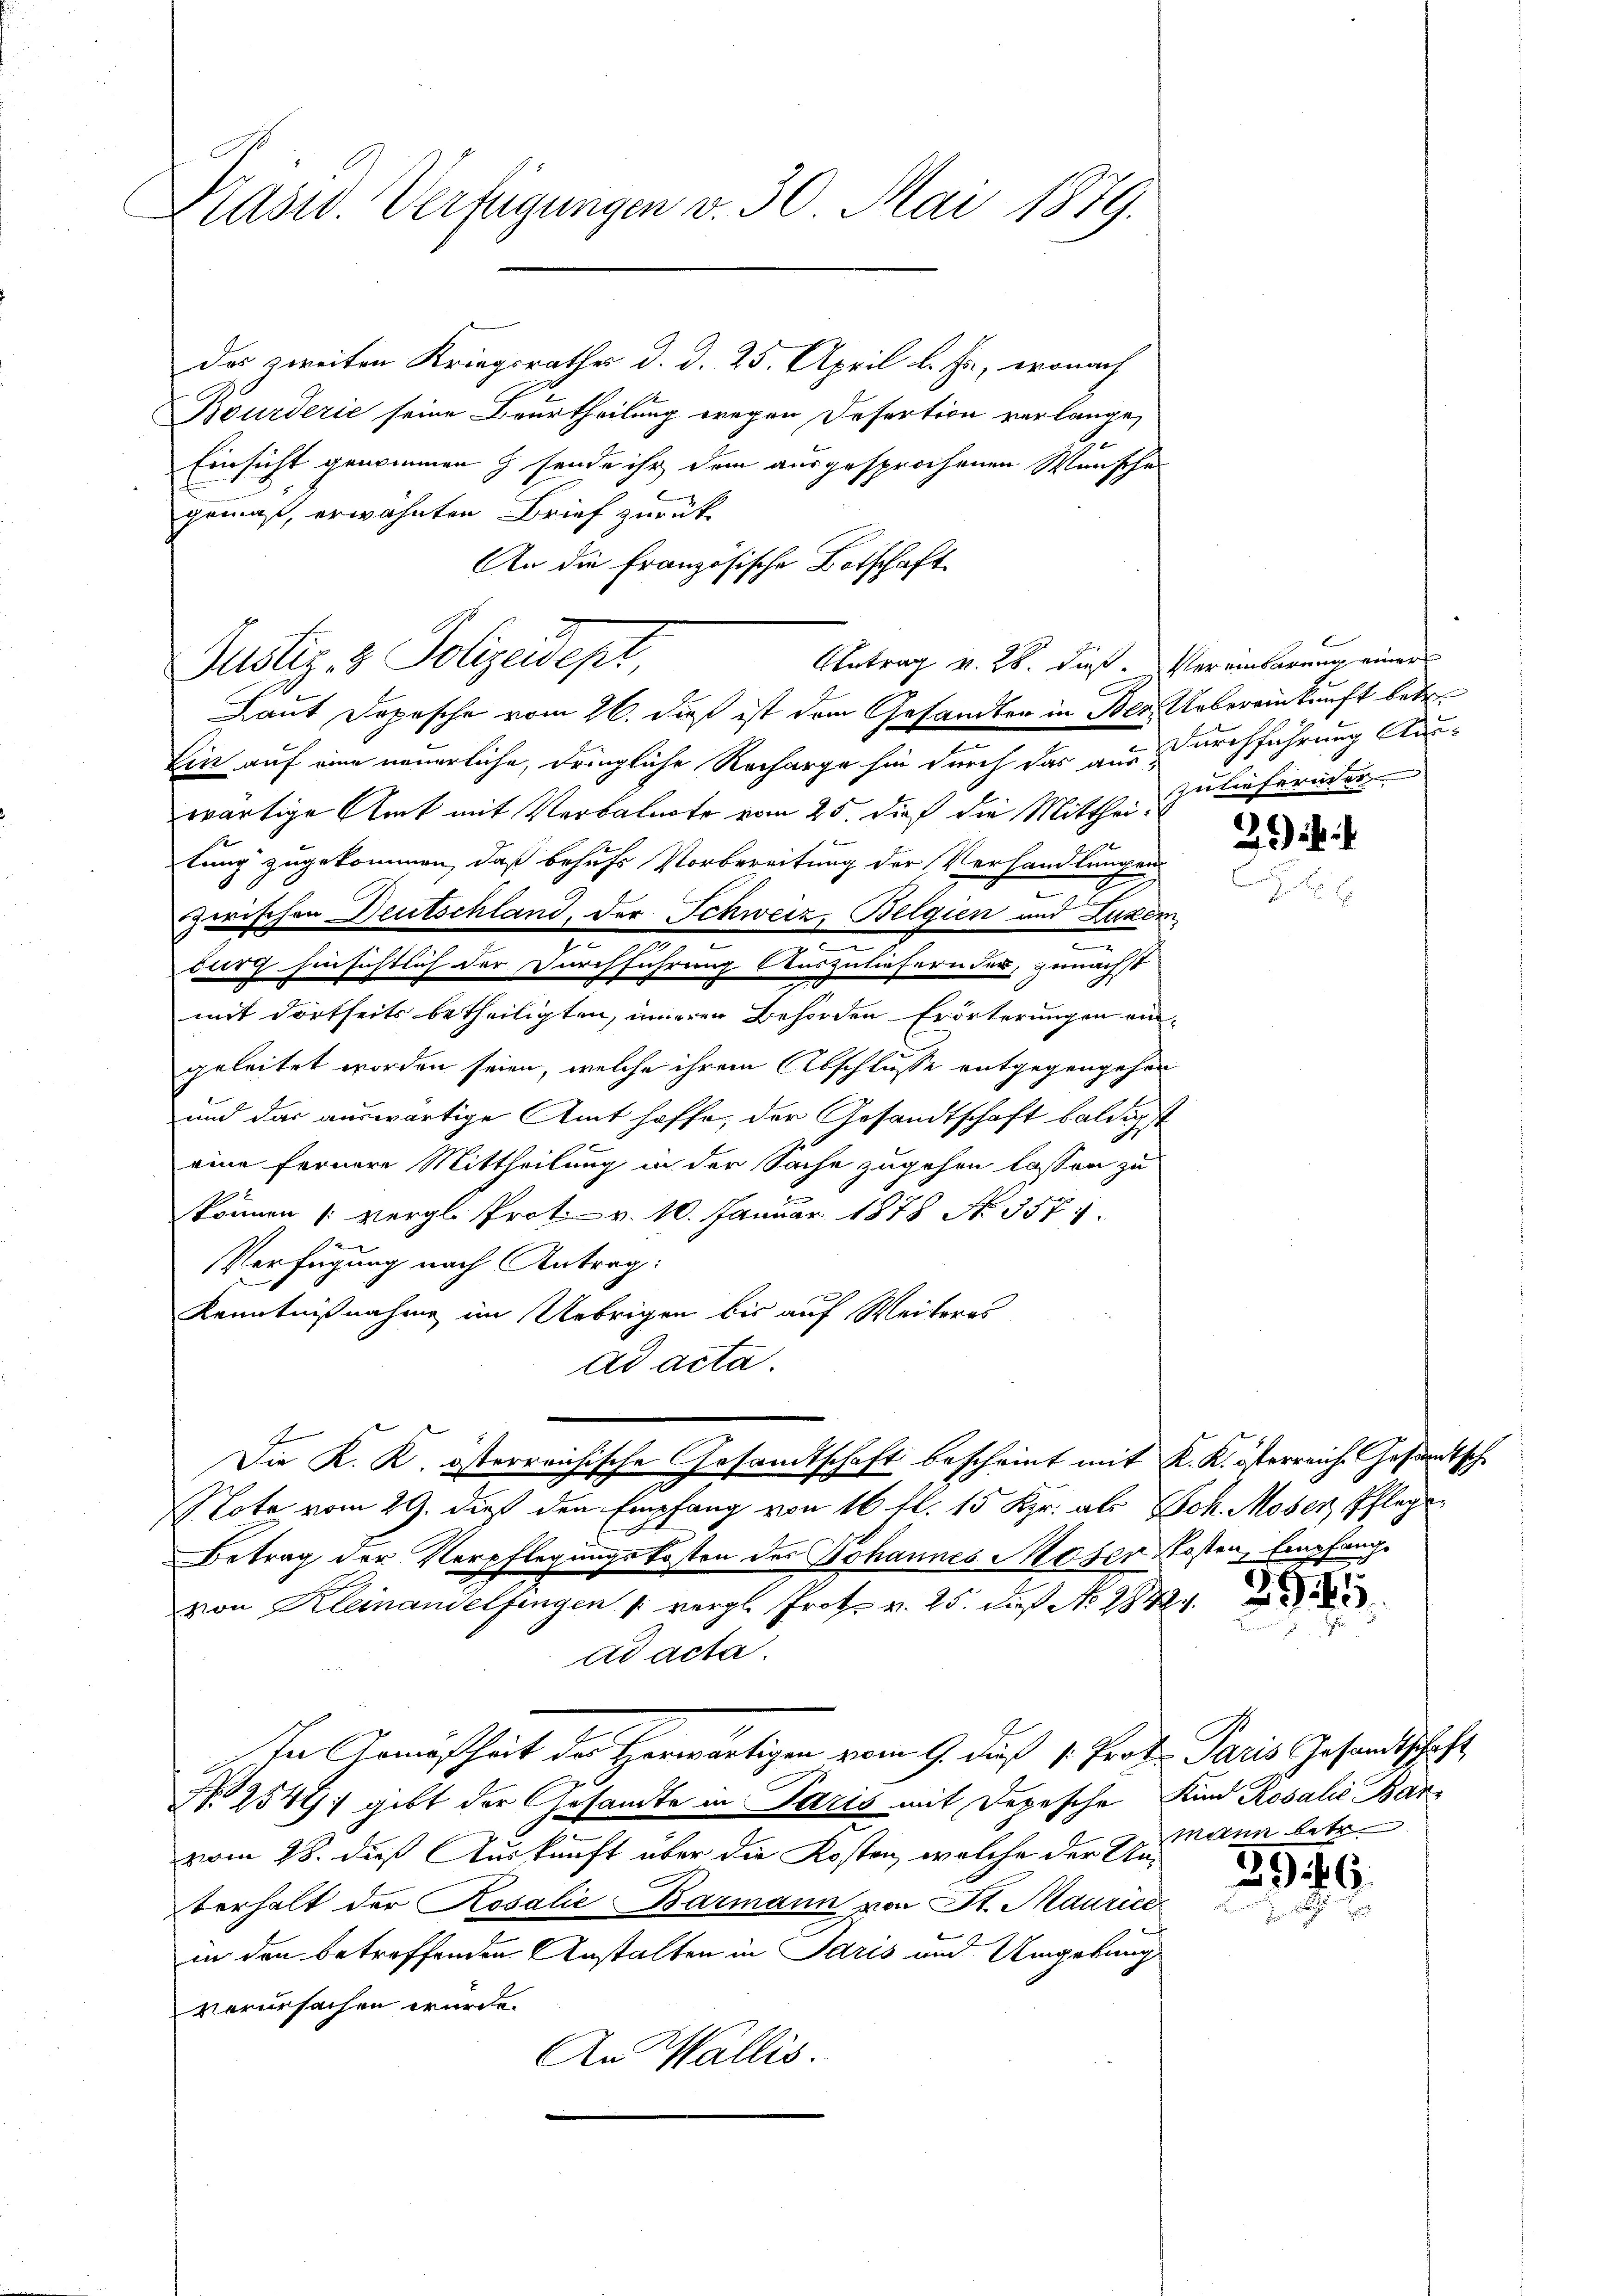
Präsid. Verfügungen v. 30. Mai 1879.

das zweiten Kriegsrathes d. d. 25. April l. Js., wonach
Bourderić seine Beurtheilung wegen Defertion verlange,
Einsicht genommen & sende ihr dem ausgesprochenen Wunsche
gomas, erwähnten Brief zurück
An die Französische Botschaft
Laut Depesche vom 26. daß ist dem Gesandten in der Uebereinkunft betr.
Ein auf eine neuerliche, dringliche Recharge sie durch das aus durchführung Auswärtige Amt mit Verbalnote vom 25. dieß die Mitthei- zu lieferinner
tung zugekommen, daß behufs Vorbereitung der Verhandlungen
zwischen Deutschland, der Schweiz, Belgien und Luzer
e
e
burg hinsichtlich der Durchführung Auszuliefern der, zunächst
mit dortheits betheiligten, inneren Behörden Erörterungen eingeleitet worden seien, welche ihrem Abschlusse entgegengehen
und das auswärtige Amt hoffe, der Gesandtschaft baldigst
eine fernere Mittheilung in der Sache zugehen lassen zu
können (vergl. Prot. v. 10. Januar 1878 No. 3574.
Verfügung nach Antrag:
Kenntnißnahme im Uebrigen bis auf Weiteres
ad acta.
Die K. K. österreichische Gesandtschaft bescheint mit K. K. österreiche Gesandtsche
Note vom 29. dieß den Empfang von 16 fl. 15 Kr. als Joh. Moser, Pflege
Betrag der Verpflegungskosten des Johannes Moser Kosten, Empfang
von Kleinandelfingen vergl. Prot. v. 25. daß N. 2842.
ad acta.
In Gemäßheit des Herwärtigen vom 9. dieß 1. Prof. Paris Gesandtschaft
N 2549; gibt der Gesandte in Paris mit Depesche Kind Rosalić Barvom 28. dieß Auskunft über die Kosten, welche der Unberhalt der Rosalie Barmann von St. Maurice
in den betreffenden Anstalten in Paris und Umgebung
verursachen wurde.
An Wallis.

Justiz & Polizeidept,

Antrag v. 28. dieß. Vereinbarung einer

2

292

mann betr

296
.